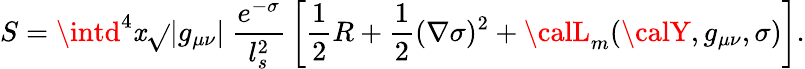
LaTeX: S=\intd^{4}\mathit{x}\sqrt{}{{|g_{\mu\nu}|}}\ \frac{{e^{-\sigma}}}{{l_{s}^{2}}}\, \left[{\frac{{1}}{{2}}}R+{\frac{{1}}{{2}}}(\nabla\sigma)^{2}+{\calL}_{m}({\calY},g_{\mu\nu},\sigma)\right].